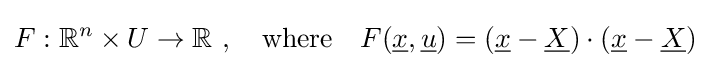
F:\mathbb {R} ^{n}\times U\to \mathbb {R} \ ,\quad {\mbox{where}}\quad F({\underline {x}},{\underline {u}})=({\underline {x}}-{\underline {X}})\cdot ({\underline {x}}-{\underline {X}})\